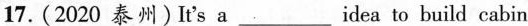
17.(2020 泰州) It's a ___ idea to build cabin